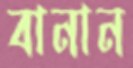
বানান